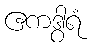
ဧကဒွါရံ